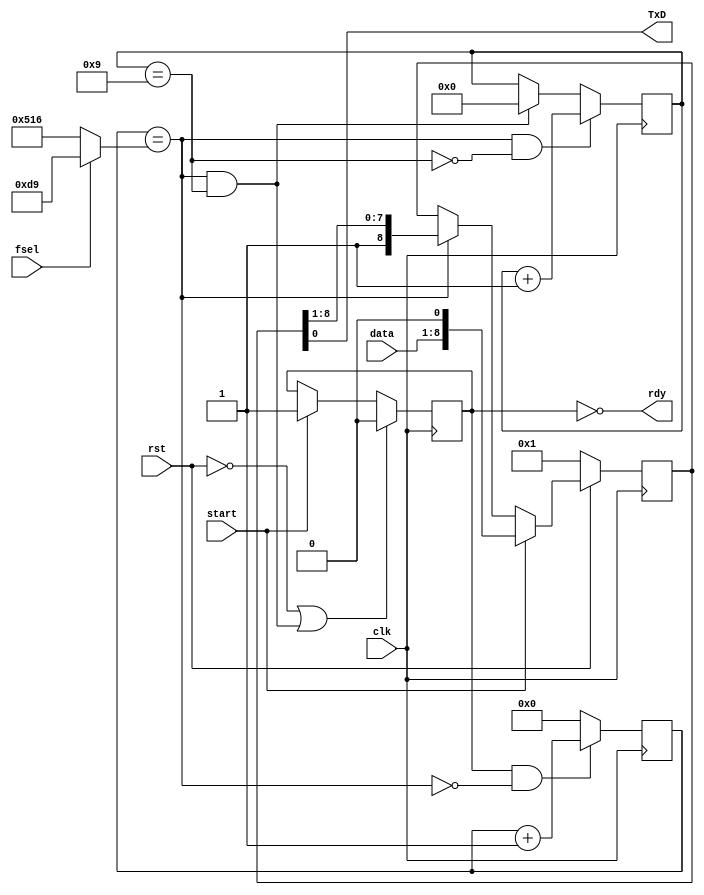
`timescale 1ns / 1ps  

/*Project Oberon, Revised Edition 2013

Book copyright (C)2013 Niklaus Wirth and Juerg Gutknecht;
software copyright (C)2013 Niklaus Wirth (NW), Juerg Gutknecht (JG), Paul
Reed (PR/PDR).

Permission to use, copy, modify, and/or distribute this software and its
accompanying documentation (the "Software") for any purpose with or
without fee is hereby granted, provided that the above copyright notice
and this permission notice appear in all copies.

THE SOFTWARE IS PROVIDED "AS IS" AND THE AUTHORS DISCLAIM ALL WARRANTIES
WITH REGARD TO THE SOFTWARE, INCLUDING ALL IMPLIED WARRANTIES OF
MERCHANTABILITY, FITNESS AND NONINFRINGEMENT.  IN NO EVENT SHALL THE
AUTHORS BE LIABLE FOR ANY CLAIM, SPECIAL, DIRECT, INDIRECT, OR
CONSEQUENTIAL DAMAGES OR ANY DAMAGES OR LIABILITY WHATSOEVER, WHETHER IN
AN ACTION OF CONTRACT, TORT OR OTHERWISE, ARISING FROM, OUT OF OR IN
CONNECTION WITH THE DEALINGS IN OR USE OR PERFORMANCE OF THE SOFTWARE.*/

// NW 4.5.09 / 15.8.10 / 15.11.10
// RS232 transmitter for 19200 bps, 8 bit data
// clock is 25 MHz; 25000 / 1302 = 19.2 KHz

module RS232T(
    input clk, rst,
    input start, // request to accept and send a byte
    input fsel,  // frequency selection
    input [7:0] data,
    output rdy,
    output TxD);

wire endtick, endbit;
wire [11:0] limit;
reg run;
reg [11:0] tick;
reg [3:0] bitcnt;
reg [8:0] shreg;

assign limit = fsel ? 217 : 1302;
assign endtick = tick == limit;
assign endbit = bitcnt == 9;
assign rdy = ~run;
assign TxD = shreg[0];

always @ (posedge clk) begin
  run <= (~rst | endtick & endbit) ? 0 : start ? 1 : run;
  tick <= (run & ~endtick) ? tick + 1 : 0;
  bitcnt <= (endtick & ~endbit) ? bitcnt + 1 :
    (endtick & endbit) ? 0 : bitcnt;
  shreg <= (~rst) ? 1 : start ? {data, 1'b0} :
    endtick ? {1'b1, shreg[8:1]} : shreg;
end
endmodule